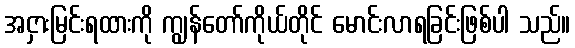
အငှားမြင်းရထားကို ကျွန်တော်ကိုယ်တိုင် မောင်းလာရခြင်းဖြစ်ပါ သည်။